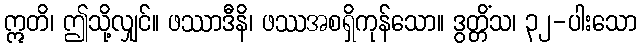
ဣတိ၊ ဤသို့လျှင်။ ဖဿာဒီနိ၊ ဖဿအစရှိကုန်သော။ ဒွတ္တိံသ၊ ၃၂-ပါးသော